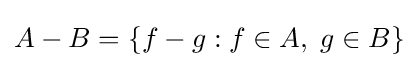
A-B=\{f-g:f\in A,\;g\in B\}